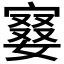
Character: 𡪚